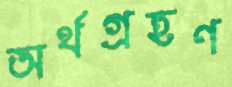
অর্থগ্রহণ